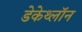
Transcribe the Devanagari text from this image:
डेकेथ्लॉन